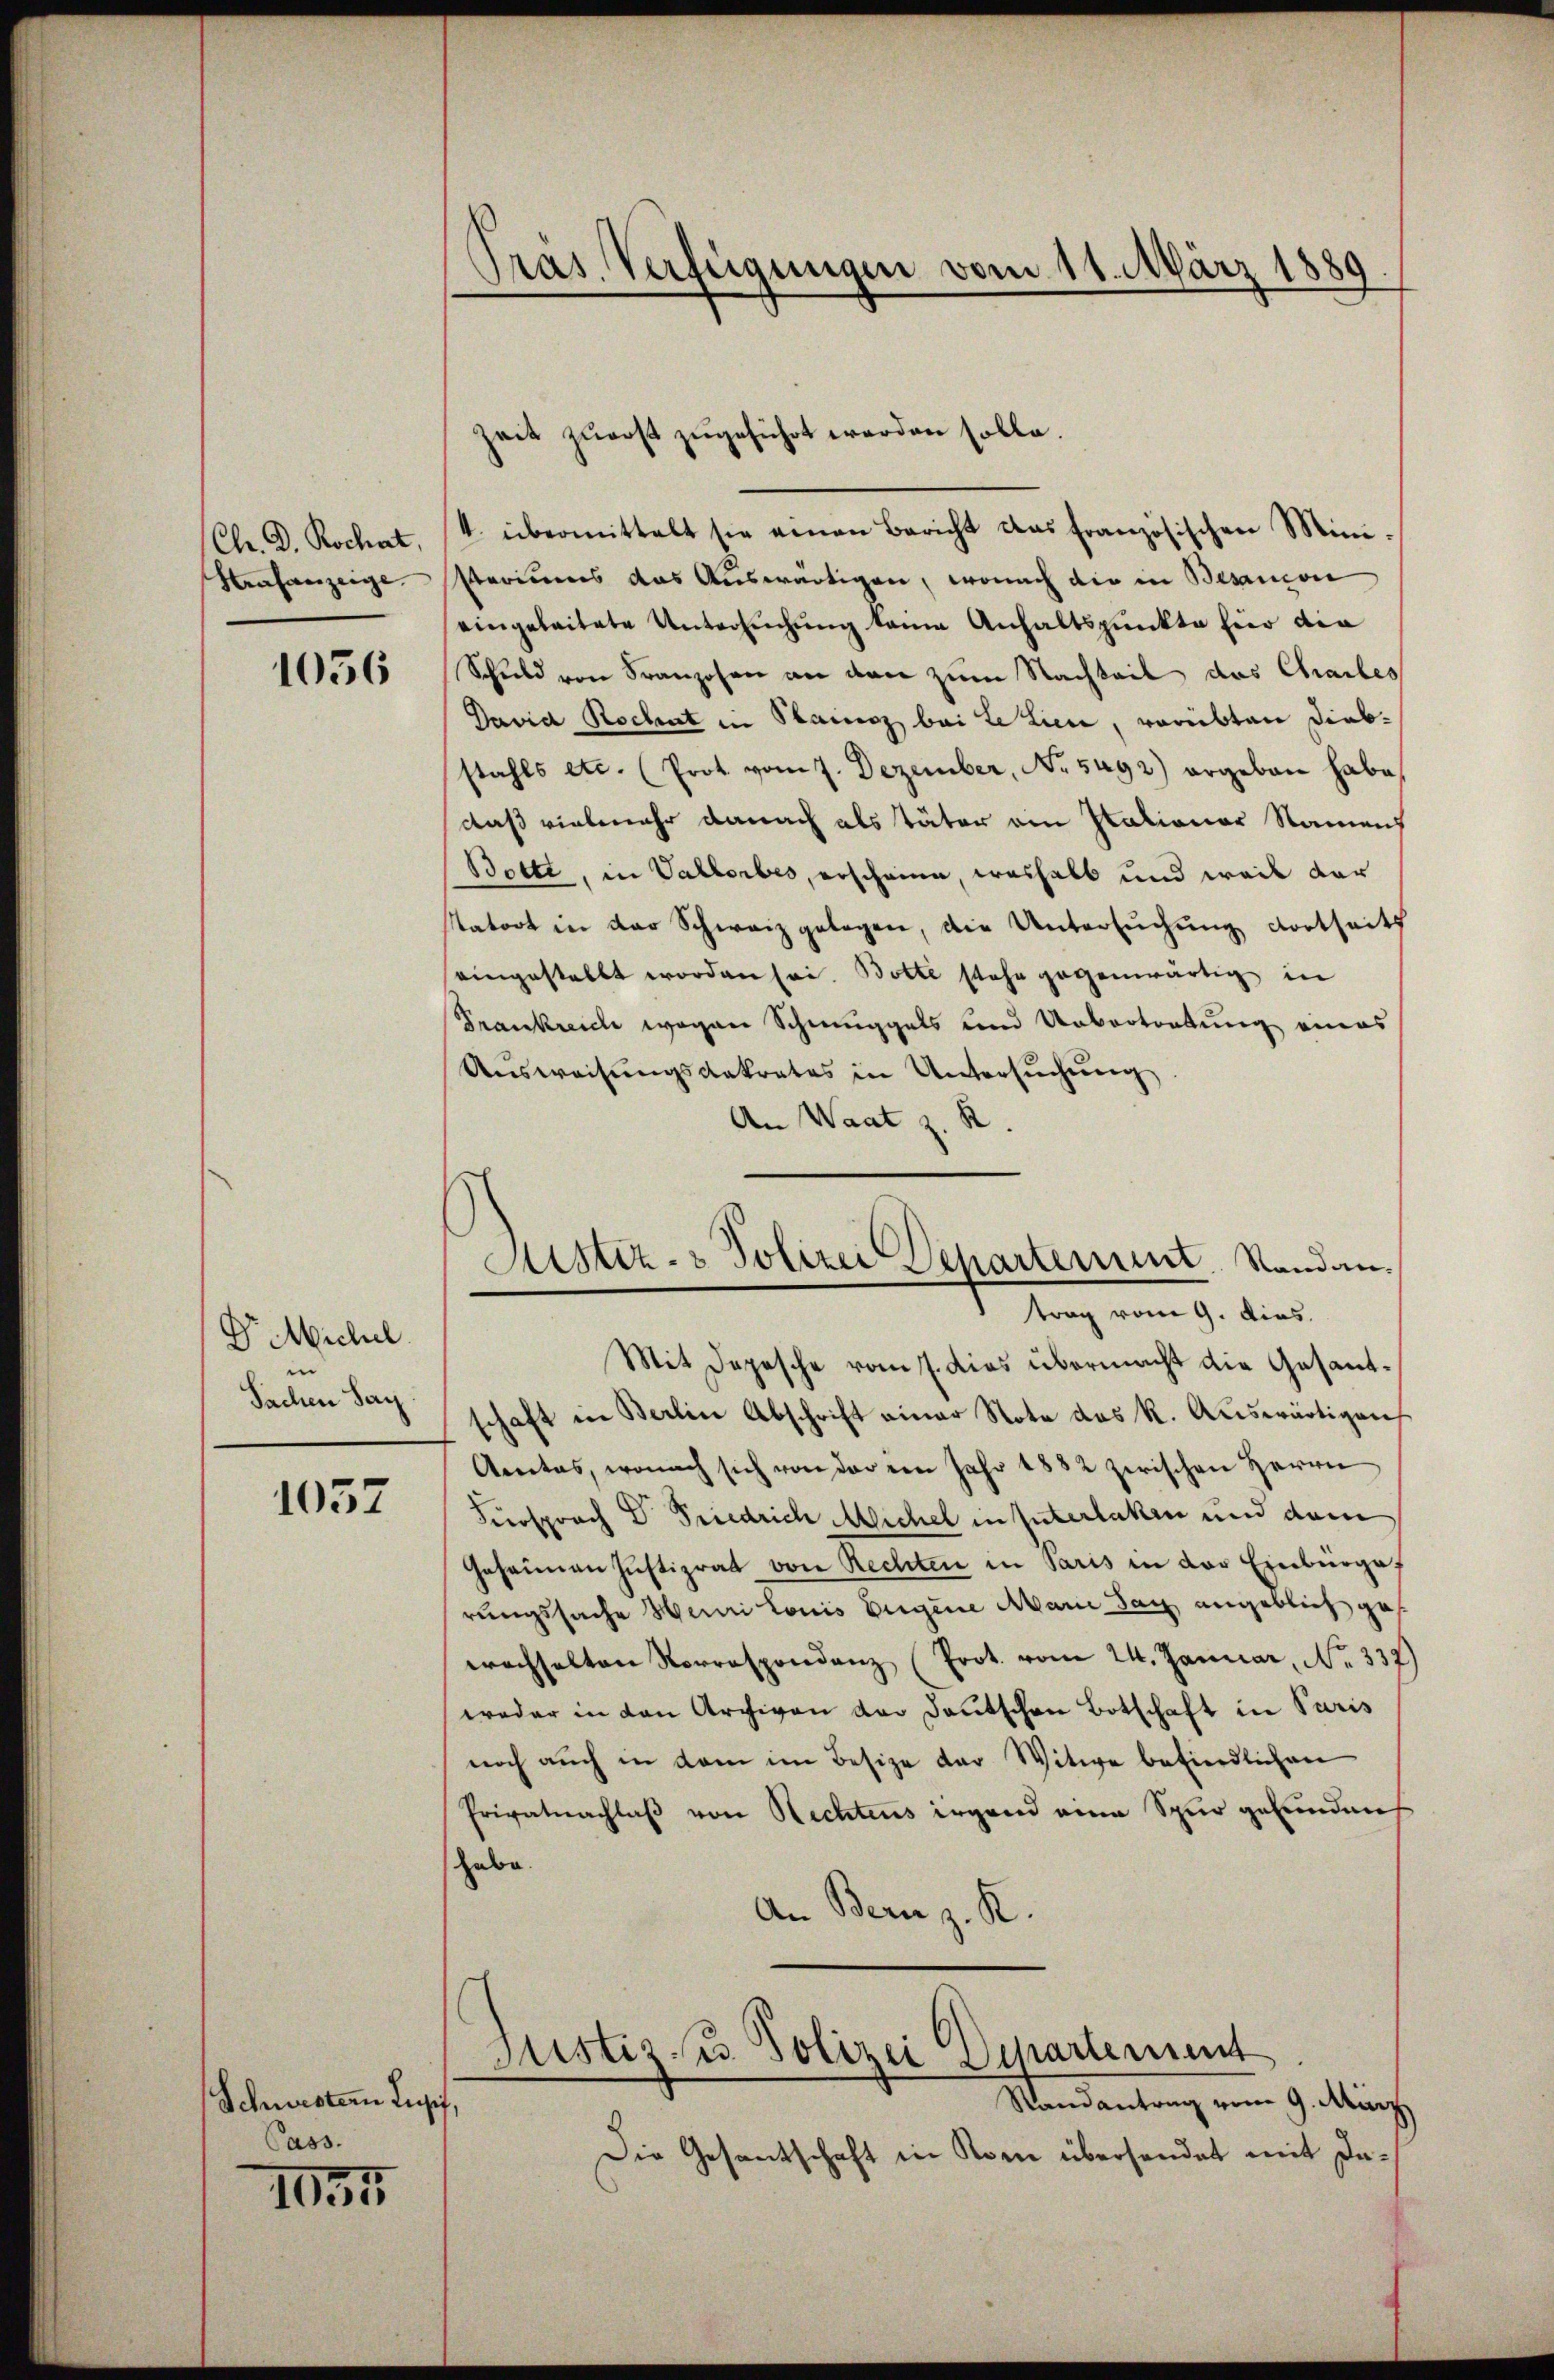
Chr. D. Rochat,
Strafanzeige.

1056

Dr. Michel
e
Sachen Sei

1057

Schwestern Lupf,
Cass

135

Pras Verfügungen vom 11. März 1889.

4. übermittelt sie einen Bericht das französischen Mini-
steriums das Auswärtigen, wonach die in Besancon
eingeleitete Untersuchung keine Anhaltspunkte hier die
Schuld von Franzosen an den zum Nachteil das Charles
David Rochent in Stainz bei de Linie, verübten Diebstahls etc. (Prot vom 7. Dezember, No. 5492) ergeben habe
daß vielmehr danach als Täter am Stationar Namens
Botti, in Vallorbes, erscheine, weshalb und weil dar
statort in der Schweiz gelegen, die Untersuchung dortseits
eingestellt worden sei. Botte stehe gegenwärtig in
Prankreich wegen Schmuggels und Uebertretung eines
Aŭsweisŭngsdekrates in Untersŭchŭng
An Waat z. R.
Mit Depesche vom 7. dies übermacht die Gesandschaft in Berlin Abschrift einer Note das R. Aŭswärtigen
Aetas, wonach sich von der ein Jahr 1882 zwischen Herrn
Fürsprach Dr Friedrich Michel in Unterlaken und dem
Geheinen Justizrat von Rechten in Paris in das Einburgef
rungssache Henri Louis Eigene Marie Tag angeblich gewachhalten Vorrespondenz (Prot. vom 24. Januar, No. 337)
weder in den Archiven der Deutschen Botschaft in Paris
noch aŭch in dem im Besize der Witwe befindlichen
Privatnachlaß von Rechtens irgend eine Spur gefunden
habe.
An Bern z. R.
Justiz- u. Polizei Departement
Randantrag vom 9. März
Die Gesantschaft in Rom übersendet mit Da¬

Zeit zuerst zugeführt werden solle.

Justiz- & Polizei Departement. Standantrag vom 9. dies.